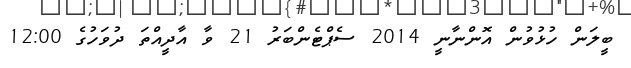
ބީލަން ހުޅުވުން އޮންނާނީ 2014 ސެޕްޓެންބަރު 21 ވާ އާދީއްތަ ދުވަހުގެ 12:00